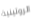
الروتينية